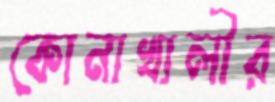
কোনাখালীর